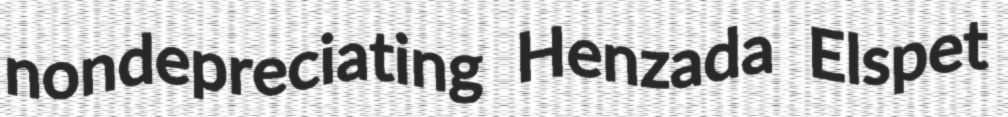
nondepreciating Henzada Elspet